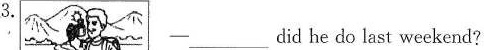
3.-___did he do last weekend?